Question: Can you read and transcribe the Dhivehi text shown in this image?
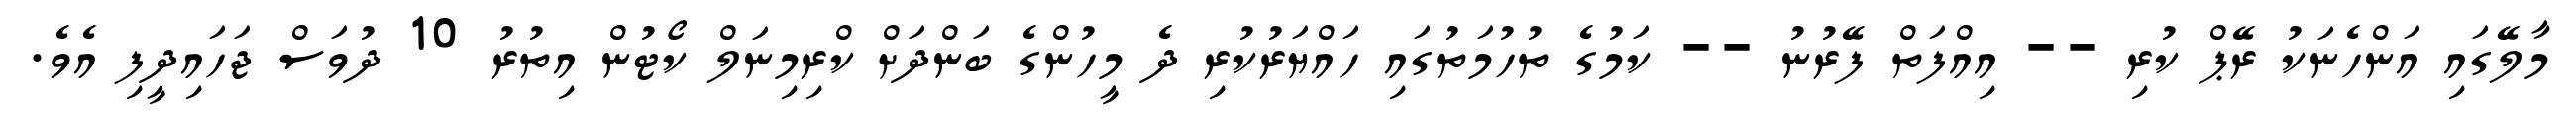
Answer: މާލޭގައި އަންހެނަކު ރޭޕް ކުރި -- އިއްފަތް ފޭރުނު -- ކަމުގެ ތުހުމަތުގައި ހައްޔަރުކުރި ދެ މީހުންގެ ބަންދަށް ކްރިމިނަލް ކޯޓުން އިތުރު 10 ދުވަސް ޖަހައިދީފި އެވެ.